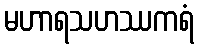
မဟာရသဟဿကရံ